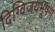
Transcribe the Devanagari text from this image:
दिग्विजयभूषण